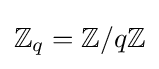
\mathbb {Z} _{q}=\mathbb {Z} /q\mathbb {Z}